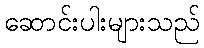
ဆောင်းပါးများသည်